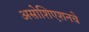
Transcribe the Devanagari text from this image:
असोशिएशनचे